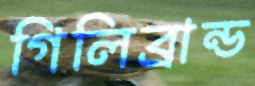
গিলিব্রান্ড